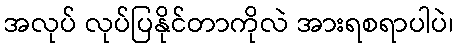
အလုပ် လုပ်ပြနိုင်တာကိုလဲ အားရစရာပါပဲ၊